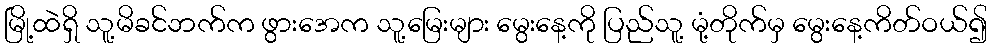
မြို့ထဲရှိ သူ့မိခင်ဘက်က ဖွားအေက သူ့မြေးများ မွေးနေ့ကို ပြည်သူ့ မုံ့တိုက်မှ မွေးနေ့ကိတ်ဝယ်၍